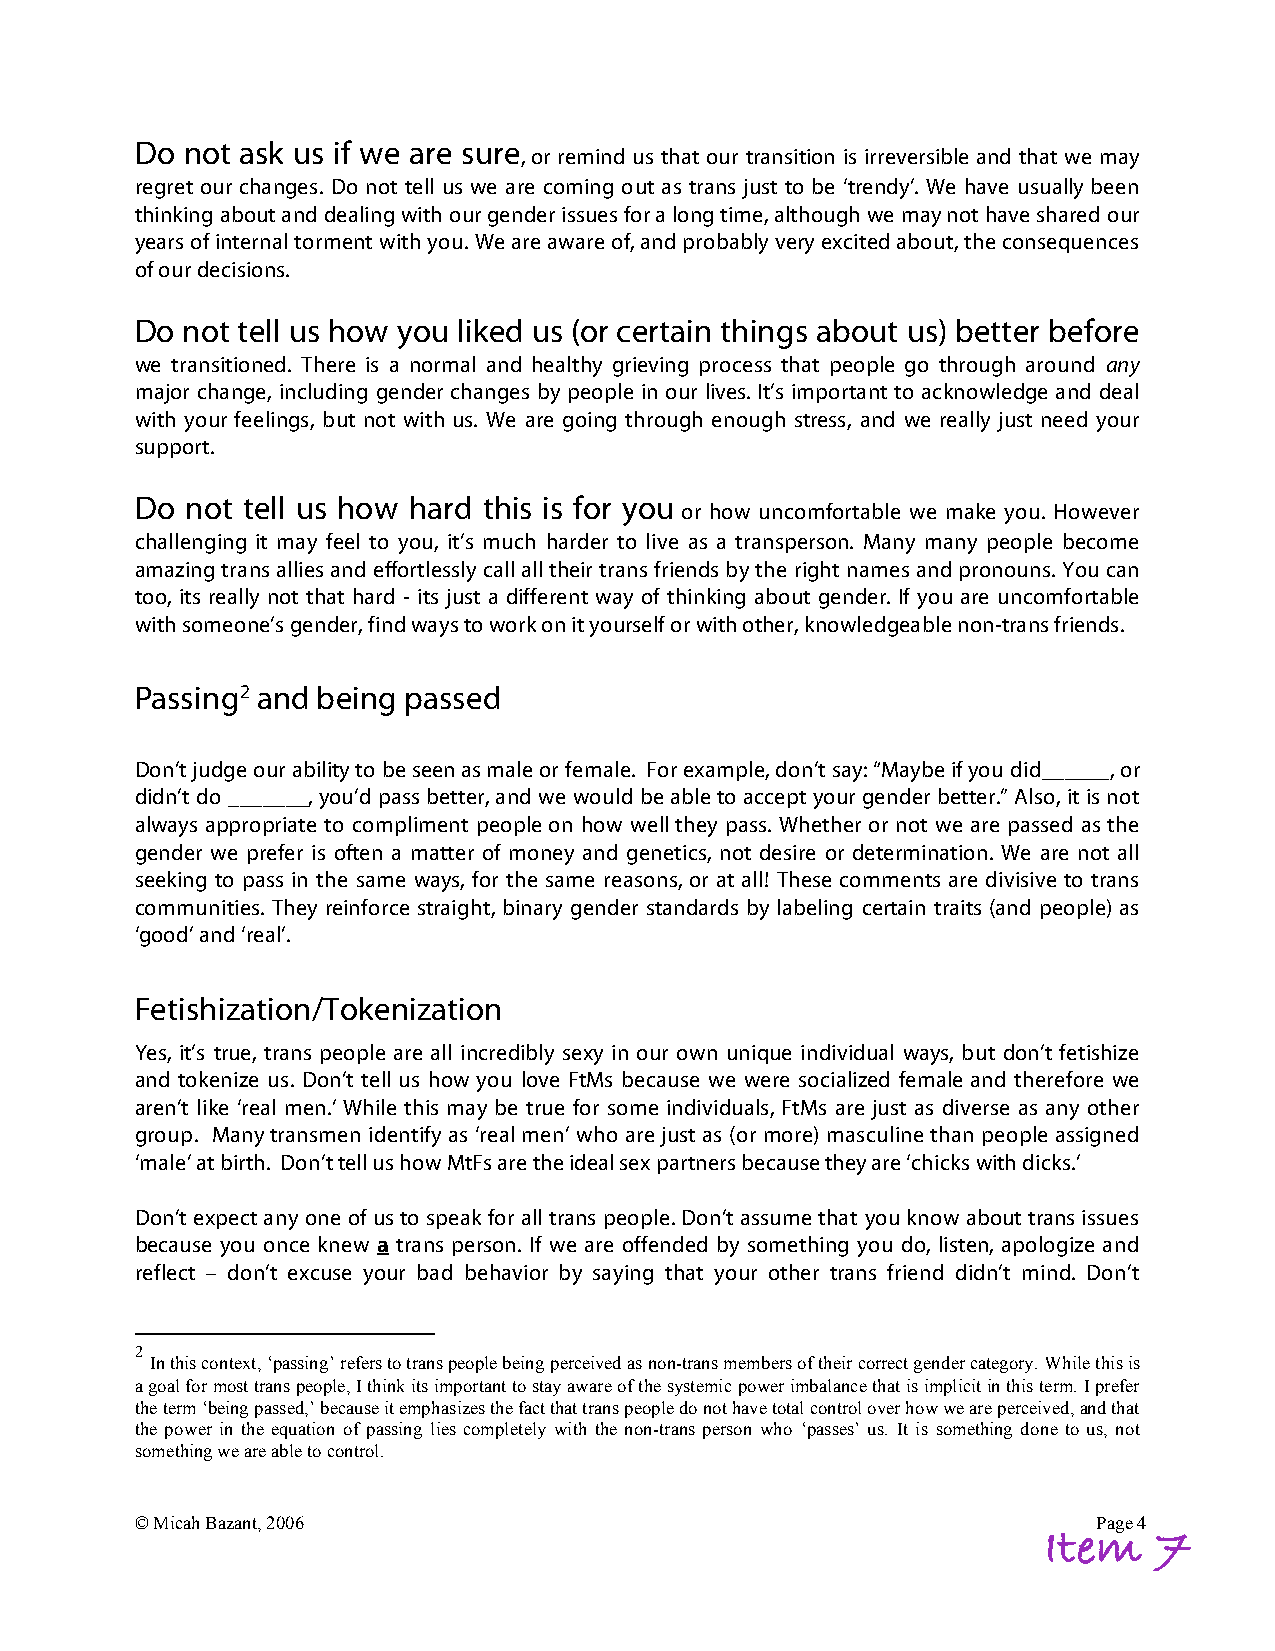
Do not ask us if we are sure
 , or remind us that our transition is irreversible and that we may
 regret our changes. Do not tell us we are coming out as trans just to be ‘trendy’. We have usually been
 thinking about and dealing with our gender issues for a long time, although we may not have shared our
 years of internal torment with you. We are aware of, and probably very excited about, the consequences
 of our decisions.
 Do not tell us how you liked us (or certain things about us) better before
 we transitioned. There is a normal and healthy grieving process that people go through around any
 major change, including gender changes by people in our lives. It’s important to acknowledge and deal
 with your feelings, but not with us. We are going through enough stress, and we really just need your
 support.
 Do not tell us how hard this is for you
 or how uncomfortable we make you. However
 challenging it may feel to you, it’s much harder to live as a transperson. Many many people become
 amazing trans allies and effortlessly call all their trans friends by the right names and pronouns. You can
 too, its really not that hard - its just a different way of thinking about gender. If you are uncomfortable
 with someone’s gender, find ways to work on it yourself or with other, knowledgeable non-trans friends.
 Passing2 and being passed
 Don’t judge our ability to be seen as male or female. For example, don’t say: “Maybe if you did______, or
 didn’t do _______, you’d pass better, and we would be able to accept your gender better.” Also, it is not
 always appropriate to compliment people on how well they pass. Whether or not we are passed as the
 gender we prefer is often a matter of money and genetics, not desire or determination. We are not all
 seeking to pass in the same ways, for the same reasons, or at all! These comments are divisive to trans
 communities. They reinforce straight, binary gender standards by labeling certain traits (and people) as
 ‘good’ and ‘real’.
 Fetishization/Tokenization
 Yes, it’s true, trans people are all incredibly sexy in our own unique individual ways, but don’t fetishize
 and tokenize us. Don’t tell us how you love FtMs because we were socialized female and therefore we
 aren’t like ‘real men.’ While this may be true for some individuals, FtMs are just as diverse as any other
 group. Many transmen identify as ‘real men’ who are just as (or more) masculine than people assigned
 ‘male’ at birth. Don’t tell us how MtFs are the ideal sex partners because they are ‘chicks with dicks.’
 Don’t expect any one of us to speak for all trans people. Don’t assume that you know about trans issues
 because you once knew a trans person. If we are offended by something you do, listen, apologize and
 reflect – don’t excuse your bad behavior by saying that your other trans friend didn’t mind. Don’t
 2
 In this context, ‘passing’ refers to trans people being perceived as non-trans members of their correct gender category. While this is
 a goal for most trans people, I think its important to stay aware of the systemic power imbalance that is implicit in this term. I prefer
 the term ‘being passed,’ because it emphasizes the fact that trans people do not have total control over how we are perceived, and that
 the power in the equation of passing lies completely with the non-trans person who ‘passes’ us. It is something done to us, not
 something we are able to control.
 © Micah Bazant, 2006                                            Page 4